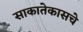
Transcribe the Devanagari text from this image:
साकातेकासचे